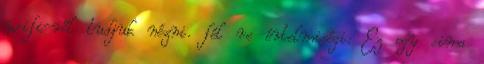
wifi-ről tudjuk nézni. fél re értelmiségi: Ez egy sima